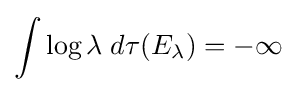
\int \log \lambda \;d\tau (E_{\lambda })=-\infty